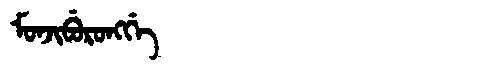
Manchu: ᠮᠣᠨᠵᡳᠪᡠᡵᠣᠩᡤᡝ
Romanization: MONJIBURONGGE